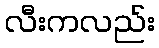
လီးကလည်း